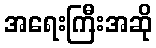
အရေးကြီးအဆို